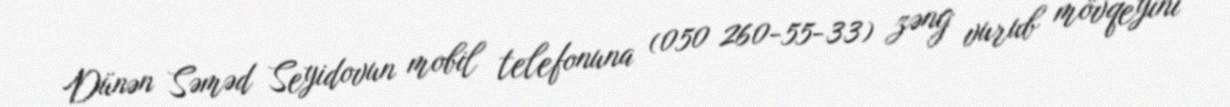
Dünən Səməd Seyidovun mobil telefonuna (050 260-55-33) zəng vurub mövqeyini